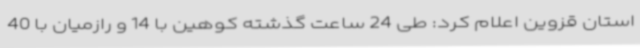
استان قزوین اعلام کرد: طی 24 ساعت گذشته کوهین با 14 و رازمیان با 40